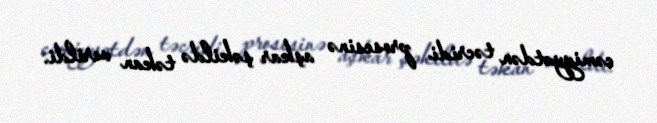
cəmiyyətdən təcridi prosesinə aşkar şəkildə təkan verildi.